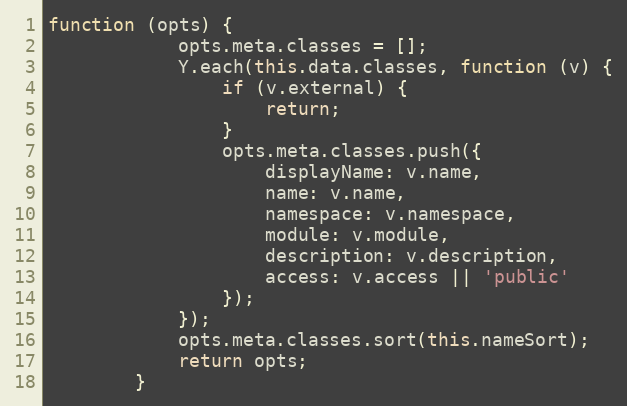
Language: JavaScript
function (opts) {
            opts.meta.classes = [];
            Y.each(this.data.classes, function (v) {
                if (v.external) {
                    return;
                }
                opts.meta.classes.push({
                    displayName: v.name,
                    name: v.name,
                    namespace: v.namespace,
                    module: v.module,
                    description: v.description,
                    access: v.access || 'public'
                });
            });
            opts.meta.classes.sort(this.nameSort);
            return opts;
        }